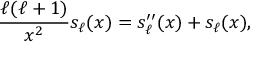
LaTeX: { \frac { \ell ( \ell + 1 ) } { x ^ { 2 } } } s _ { \ell } ( x ) = s _ { \ell } ^ { \prime \prime } ( x ) + s _ { \ell } ( x ) ,